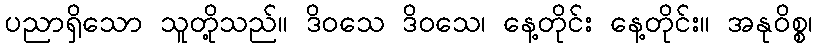
ပညာရှိသော သူတို့သည်။ ဒိဝသေ ဒိဝသေ၊ နေ့တိုင်း နေ့တိုင်း။ အနုဝိစ္စ၊